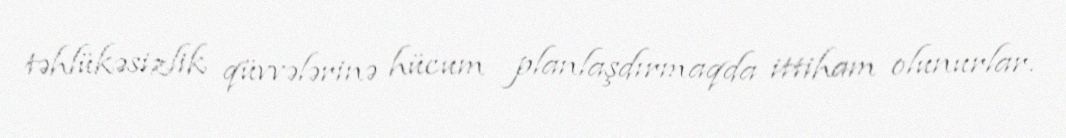
təhlükəsizlik qüvvələrinə hücum planlaşdırmaqda ittiham olunurlar.